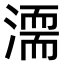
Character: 𣽈